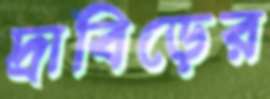
দ্রাবিড়ের